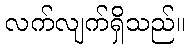
လက်လျက်ရှိသည်။